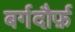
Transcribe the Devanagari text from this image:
बर्गदौर्फ़